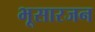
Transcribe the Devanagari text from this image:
भूसारजन